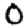
Digit: 0